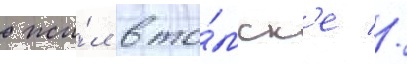
жи́л в то́мск'е //